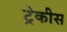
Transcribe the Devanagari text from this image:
ट्रेकीस